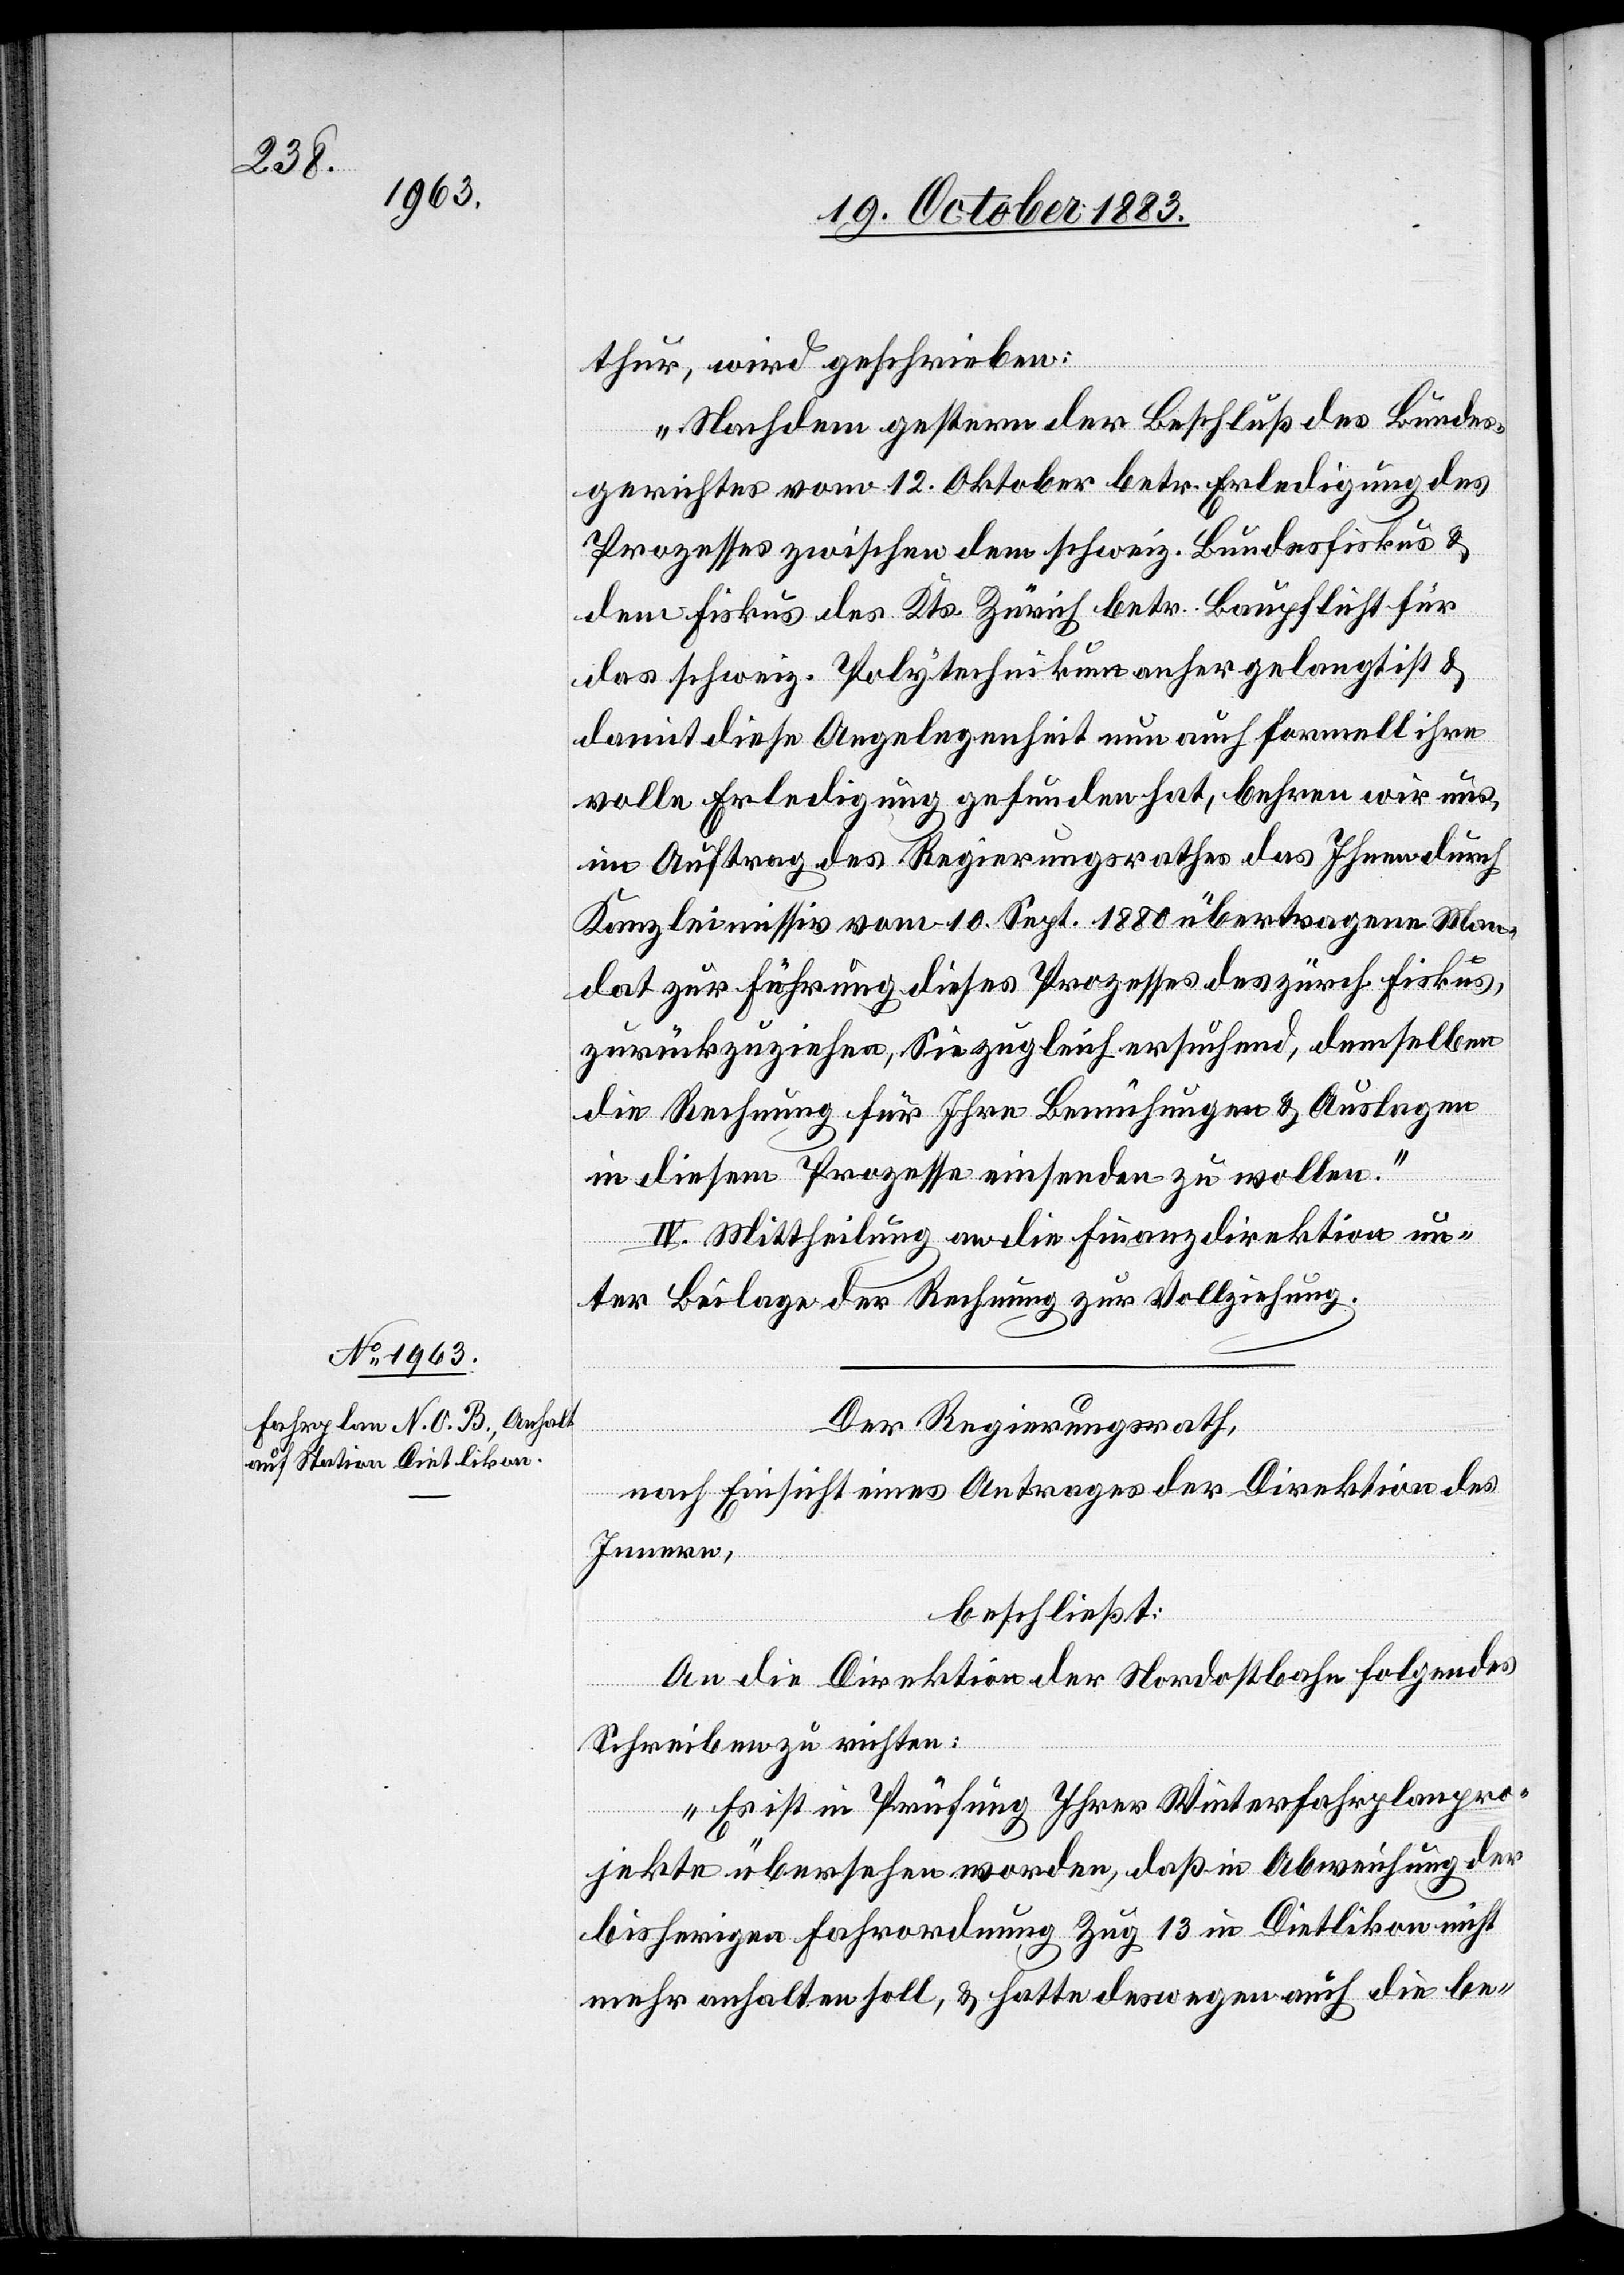
thur, wird geschrieben:
„Nachdem gestern der Beschluß des Bundes¬
gerichtes vom 12. Oktober betr. Erledigung des
Prozesses zwischen dem schweiz. Bundesfiskus &
dem Fiskus des Kts. Zürich betr. Baupflicht für
das schweiz. Polytechnikum anher gelangt ist &
damit diese Angelegenheit nun auch formell ihre
volle Erledigung gefunden hat, be[e]hren wir uns,
im Auftrag des Regierungsrathes das Ihnen durch
Kanzleimissiv vom 10. Sept. 1880 übertragene Man¬
dat zur Führung dieses Prozesses des zürch. Fiskus,
zurückzuziehen, Sie zugleich ersuchend, demselben
die Rechnung für Ihre Bemühungen & Auslagen
in diesem Prozesse einsenden zu wollen.“
IV. Mittheilung an die Finanzdirektion un¬
ter Beilage der Rechnung zur Vollziehung.
Der Regierungsrath,
nach Einsicht eines Antrages der Direktion des
Innern,
beschließt:
An die Direktion der Nordostbahn folgendes
Schreiben zu richten:
„Es ist in Prüfung Ihrer Winterfahrplanpro¬
jekte übersehen worden, daß in Abweichung der
bisherigen Fahrordnung Zug 13 in Dietlikon nicht
mehr anhalten soll, & hatte deswegen auch die be-